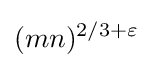
(mn)^{2/3+\varepsilon }